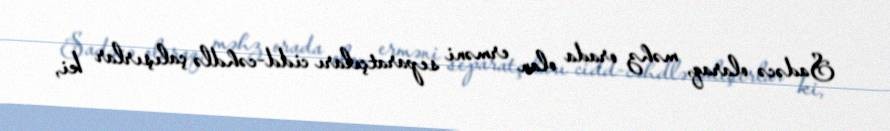
Sadəcə olaraq, məhz orada olan erməni separatçıları cidd-cəhdlə çalışırlar ki,